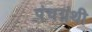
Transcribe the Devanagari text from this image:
पंचग्रंथी